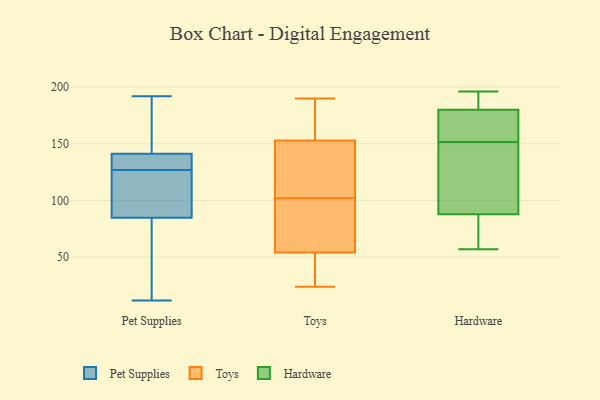
{"axis": {"x": "Temperature (°C)", "y": "Value"}, "legend": ["Hardware", "Pet Supplies", "Toys"], "data": [{"x": "", "y": 190, "type": "Pet Supplies"}, {"x": "", "y": 128, "type": "Pet Supplies"}, {"x": "", "y": 157, "type": "Pet Supplies"}, {"x": "", "y": 135, "type": "Pet Supplies"}, {"x": "", "y": 23, "type": "Pet Supplies"}, {"x": "", "y": 132, "type": "Pet Supplies"}, {"x": "", "y": 137, "type": "Pet Supplies"}, {"x": "", "y": 192, "type": "Pet Supplies"}, {"x": "", "y": 97, "type": "Pet Supplies"}, {"x": "", "y": 127, "type": "Pet Supplies"}, {"x": "", "y": 51, "type": "Pet Supplies"}, {"x": "", "y": 115, "type": "Pet Supplies"}, {"x": "", "y": 20, "type": "Pet Supplies"}, {"x": "", "y": 154, "type": "Pet Supplies"}, {"x": "", "y": 118, "type": "Pet Supplies"}, {"x": "", "y": 96, "type": "Pet Supplies"}, {"x": "", "y": 12, "type": "Pet Supplies"}, {"x": "", "y": 135, "type": "Toys"}, {"x": "", "y": 173, "type": "Toys"}, {"x": "", "y": 24, "type": "Toys"}, {"x": "", "y": 44, "type": "Toys"}, {"x": "", "y": 24, "type": "Toys"}, {"x": "", "y": 190, "type": "Toys"}, {"x": "", "y": 100, "type": "Toys"}, {"x": "", "y": 110, "type": "Toys"}, {"x": "", "y": 85, "type": "Toys"}, {"x": "", "y": 102, "type": "Toys"}, {"x": "", "y": 159, "type": "Toys"}, {"x": "", "y": 180, "type": "Hardware"}, {"x": "", "y": 77, "type": "Hardware"}, {"x": "", "y": 196, "type": "Hardware"}, {"x": "", "y": 144, "type": "Hardware"}, {"x": "", "y": 196, "type": "Hardware"}, {"x": "", "y": 112, "type": "Hardware"}, {"x": "", "y": 88, "type": "Hardware"}, {"x": "", "y": 57, "type": "Hardware"}, {"x": "", "y": 173, "type": "Hardware"}, {"x": "", "y": 159, "type": "Hardware"}]}